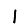
Digit: 1